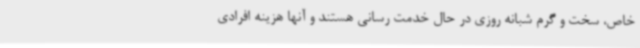
خاص، سخت و گرم شبانه روزی در حال خدمت رسانی هستند و آنها هزینه افرادی